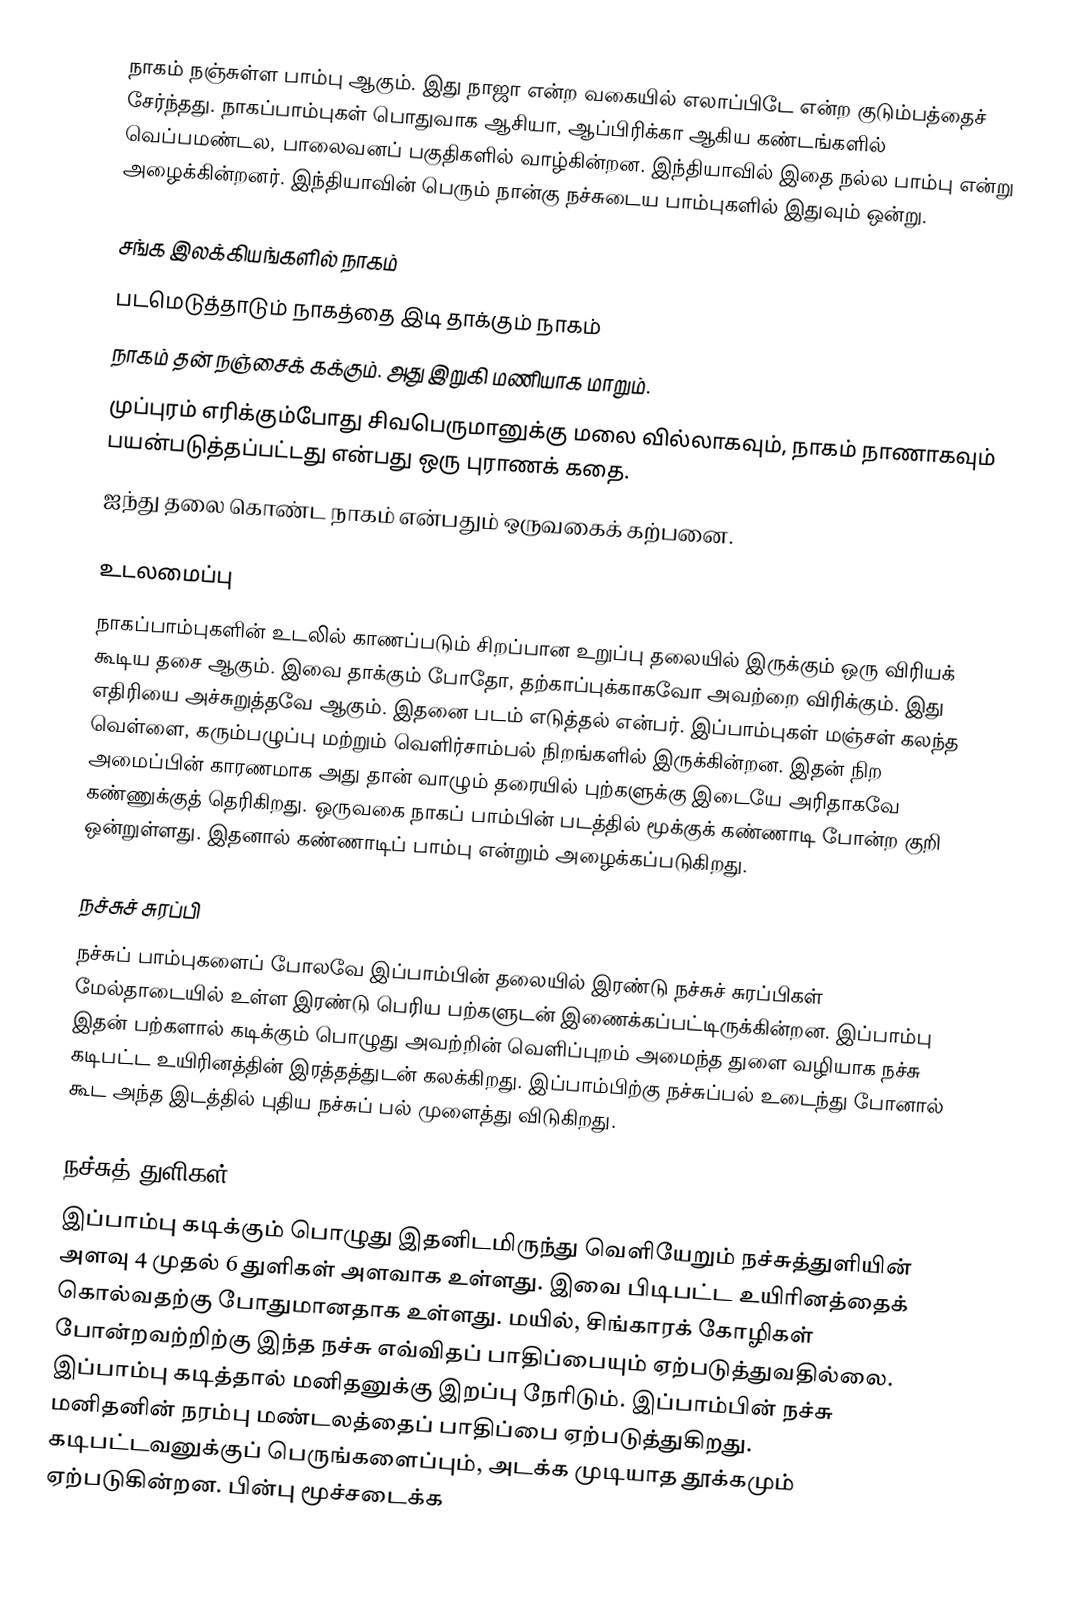
நாகம் நஞ்சுள்ள பாம்பு ஆகும். இது நாஜா என்ற வகையில் எலாப்பிடே என்ற குடும்பத்தைச் சேர்ந்தது. நாகப்பாம்புகள் பொதுவாக ஆசியா, ஆப்பிரிக்கா ஆகிய கண்டங்களில் வெப்பமண்டல, பாலைவனப் பகுதிகளில் வாழ்கின்றன. இந்தியாவில் இதை நல்ல பாம்பு என்று அழைக்கின்றனர். இந்தியாவின் பெரும் நான்கு நச்சுடைய பாம்புகளில் இதுவும் ஒன்று.

சங்க இலக்கியங்களில் நாகம்
 படமெடுத்தாடும் நாகத்தை இடி தாக்கும் நாகம்
 நாகம் தன் நஞ்சைக் கக்கும். அது இறுகி மணியாக மாறும்.
 முப்புரம் எரிக்கும்போது சிவபெருமானுக்கு மலை வில்லாகவும், நாகம் நாணாகவும் பயன்படுத்தப்பட்டது என்பது ஒரு புராணக் கதை.
 ஐந்து தலை கொண்ட நாகம் என்பதும் ஒருவகைக் கற்பனை.

உடலமைப்பு
நாகப்பாம்புகளின் உடலில் காணப்படும் சிறப்பான உறுப்பு தலையில் இருக்கும் ஒரு விரியக் கூடிய தசை ஆகும். இவை தாக்கும் போதோ, தற்காப்புக்காகவோ அவற்றை விரிக்கும். இது எதிரியை அச்சுறுத்தவே ஆகும். இதனை படம் எடுத்தல் என்பர். இப்பாம்புகள் மஞ்சள் கலந்த வெள்ளை, கரும்பழுப்பு மற்றும் வெளிர்சாம்பல் நிறங்களில் இருக்கின்றன. இதன் நிற அமைப்பின் காரணமாக அது தான் வாழும் தரையில் புற்களுக்கு இடையே அரிதாகவே கண்ணுக்குத் தெரிகிறது. ஒருவகை நாகப் பாம்பின் படத்தில் மூக்குக் கண்ணாடி போன்ற குறி ஒன்றுள்ளது. இதனால் கண்ணாடிப் பாம்பு என்றும் அழைக்கப்படுகிறது.

நச்சுச் சுரப்பி
நச்சுப் பாம்புகளைப் போலவே இப்பாம்பின் தலையில் இரண்டு நச்சுச் சுரப்பிகள் மேல்தாடையில் உள்ள இரண்டு பெரிய பற்களுடன் இணைக்கப்பட்டிருக்கின்றன. இப்பாம்பு இதன் பற்களால் கடிக்கும் பொழுது அவற்றின் வெளிப்புறம் அமைந்த துளை வழியாக நச்சு கடிபட்ட உயிரினத்தின் இரத்தத்துடன் கலக்கிறது. இப்பாம்பிற்கு நச்சுப்பல் உடைந்து போனால் கூட அந்த இடத்தில் புதிய நச்சுப் பல் முளைத்து விடுகிறது.

நச்சுத் துளிகள்
இப்பாம்பு கடிக்கும் பொழுது இதனிடமிருந்து வெளியேறும் நச்சுத்துளியின் அளவு 4 முதல் 6 துளிகள் அளவாக உள்ளது. இவை பிடிபட்ட உயிரினத்தைக் கொல்வதற்கு போதுமானதாக உள்ளது. மயில், சிங்காரக் கோழிகள் போன்றவற்றிற்கு இந்த நச்சு எவ்விதப் பாதிப்பையும் ஏற்படுத்துவதில்லை. இப்பாம்பு கடித்தால் மனிதனுக்கு இறப்பு நேரிடும். இப்பாம்பின் நச்சு மனிதனின் நரம்பு மண்டலத்தைப் பாதிப்பை ஏற்படுத்துகிறது. கடிபட்டவனுக்குப் பெருங்களைப்பும், அடக்க முடியாத தூக்கமும் ஏற்படுகின்றன. பின்பு மூச்சடைக்க